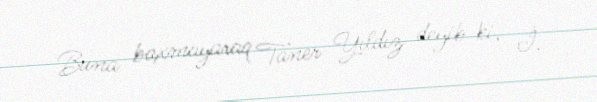
Buna baxmayaraq Taner Yıldız deyib ki, İ.